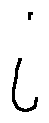
i